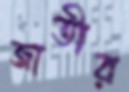
জাতীর